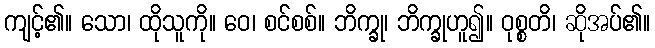
ကျင့်၏။ သော၊ ထိုသူကို။ ဝေ၊ စင်စစ်။ ဘိက္ခု၊ ဘိက္ခုဟူ၍။ ဝုစ္စတိ၊ ဆိုအပ်၏။